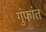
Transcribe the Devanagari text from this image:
गुंफांत